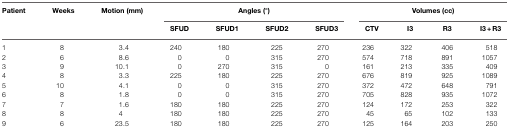
| Patient | Weeks | Motion (mm) | <COLSPAN=4> Angles (°) | <COLSPAN=4> Volumes (cc) |
 |  |  |  | SFUD | SFUD1 | SFUD2 | SFUD3 | CTV | I3 | R3 | I3 + R3 |
 | --- | --- | --- | --- | --- | --- | --- | --- | --- | --- | --- |
 | 1 | 8 | 3.4 | 240 | 180 | 225 | 270 | 236 | 322 | 406 | 518 |
 | 2 | 6 | 8.6 | 0 | 0 | 315 | 270 | 574 | 718 | 891 | 1057 |
 | 3 | 9 | 10.1 | 0 | 270 | 315 | 0 | 161 | 213 | 335 | 409 |
 | 4 | 8 | 3.3 | 225 | 180 | 225 | 270 | 676 | 819 | 925 | 1089 |
 | 5 | 10 | 4.1 | 0 | 0 | 315 | 270 | 372 | 472 | 648 | 791 |
 | 6 | 8 | 1.8 | 0 | 0 | 315 | 270 | 705 | 828 | 935 | 1072 |
 | 7 | 7 | 1.6 | 180 | 180 | 225 | 270 | 124 | 172 | 253 | 322 |
 | 8 | 8 | 4 | 180 | 180 | 225 | 270 | 45 | 65 | 102 | 133 |
 | 9 | 6 | 23.5 | 180 | 180 | 225 | 270 | 125 | 164 | 203 | 250 |